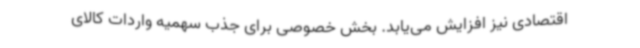
اقتصادی نیز افزایش می‌یابد. بخش خصوصی برای جذب سهمیه واردات کالای